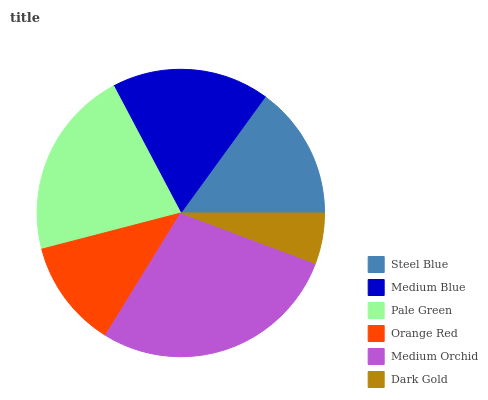
| Steel Blue | Medium Blue | Pale Green | Orange Red | Medium Orchid | Dark Gold |
 | --- | --- | --- | --- | --- | --- |
 | 15% | 17.7% | 21.4% | 12.2% | 28% | 5.72% |